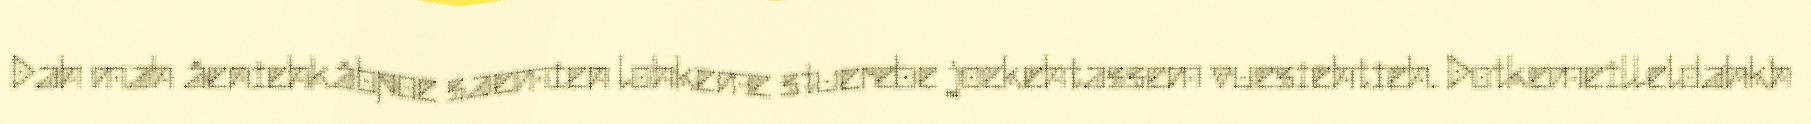
Dah mah åeniehkåbpoe saemien lohkeme stuerebe joekehtassem vuesiehtieh. Dotkemeilleldahkh